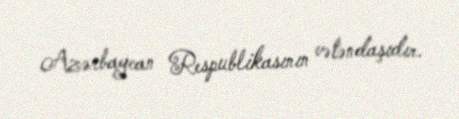
Azərbaycan Respublikasının vətəndaşıdır.